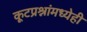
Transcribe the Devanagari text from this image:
कूटप्रश्नांमध्येही